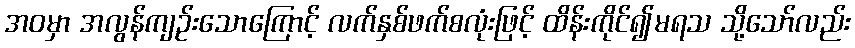
အဝမှာ အလွန်ကျဉ်းသောကြောင့် လက်နှစ်ဖက်စလုံးဖြင့် ထိန်းကိုင်၍မရသ သို့သော်လည်း